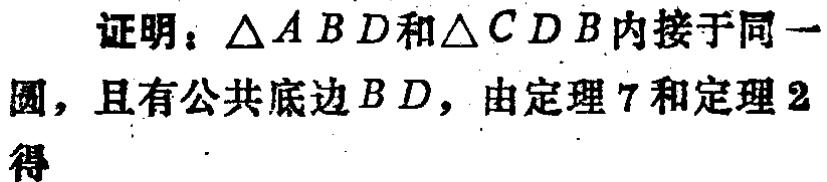
证明：$\triangle ABD$和$\triangle CDB$内接于同一圆，且有公共底边$BD$，由定理7和定理2得